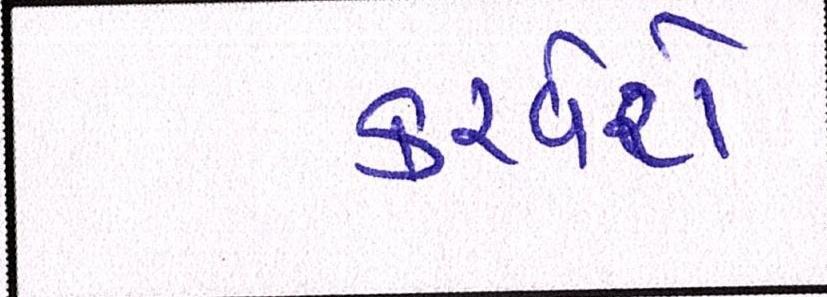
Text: કરવેરો